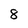
Character: 8